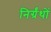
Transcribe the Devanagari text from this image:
निर्ग्रंथों